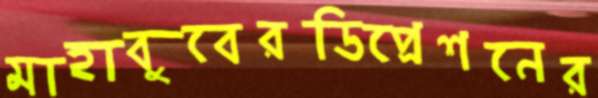
মাহাবুবেরডিপ্রেশনের